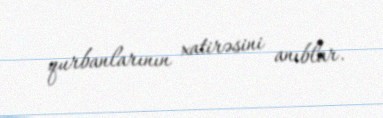
qurbanlarının xatirəsini anıblar.